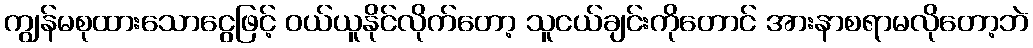
ကျွန်မစုထားသောငွေဖြင့် ဝယ်ယူနိုင်လိုက်တော့ သူငယ်ချင်းကိုတောင် အားနာစရာမလိုတော့ဘဲ